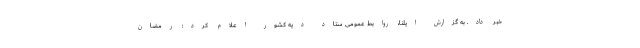
خبر داد. به گزارش ایلنا، روابط عمومی ستاد دیه کشور اعلام کرد: رمضان